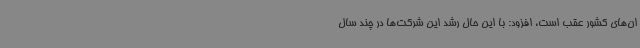
ان‌های کشور عقب است، افزود: با این حال رشد این شرکت‌ها در چند سال